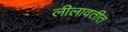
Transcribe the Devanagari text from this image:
लीलावतीत